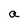
Character: a